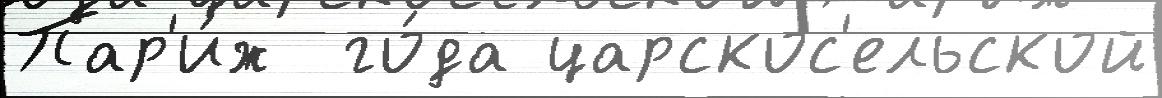
Пар'и́ж  го́да царскос'ельской